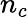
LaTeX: n_{c}